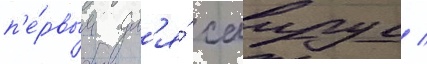
п'е́рвым дл'я́ саирус /